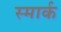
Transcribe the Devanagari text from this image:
स्मार्क